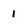
Character: 1